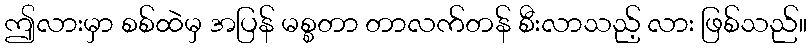
ဤလားမှာ စစ်ထဲမှ အပြန် မစ္စတာ တာလက်တန် စီးလာသည့် လား ဖြစ်သည်။